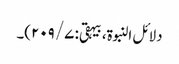
دلائل النبوۃ، بیہقی: ۷/ ۲۰۹)۔